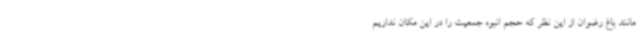
مانند باغ رضوان از این نظر که حجم انبوه جمعیت را در این مکان نداریم